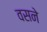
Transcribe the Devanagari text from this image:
वसने